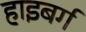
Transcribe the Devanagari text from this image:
हाइबर्ग